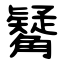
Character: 觺